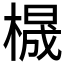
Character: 𱤋